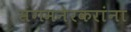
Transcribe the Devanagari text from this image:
संगमनेरकरांना